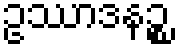
ဥဿာဒနဉ္စ